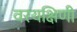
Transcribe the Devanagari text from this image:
वरयक्षिणी